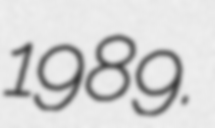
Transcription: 1989.